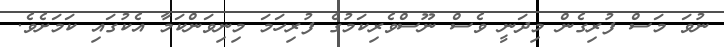
ނުވަ މަސް ފުރިގެން މިދަނީ ވެސް ނޫސްވެރިކަމުގެ ފުރިހަމަ މިނިވަންކަމާ އެކުގައި ކަމަށެވެ.